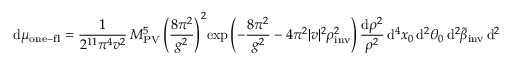
\mathrm { d } \mu _ { \mathrm { o n e - f l } } = \frac { 1 } { 2 ^ { 1 1 } \pi ^ { 4 } v ^ { 2 } } \, M _ { \mathrm { P V } } ^ { 5 } \left( \frac { 8 \pi ^ { 2 } } { g ^ { 2 } } \right) ^ { 2 } \! \exp \left( - \frac { 8 \pi ^ { 2 } } { g ^ { 2 } } - 4 \pi ^ { 2 } | v | ^ { 2 } \rho _ { \mathrm { i n v } } ^ { 2 } \right) \frac { \mathrm { d } \rho ^ { 2 } } { \rho ^ { 2 } } \, \mathrm { d } ^ { 4 } x _ { 0 } \, \mathrm { d } ^ { 2 } \theta _ { 0 } \, \mathrm { d } ^ { 2 } \bar { \beta } _ { \mathrm { i n v } } \, \mathrm { d } ^ { 2 } \bar { \theta } _ { 0 } \, .